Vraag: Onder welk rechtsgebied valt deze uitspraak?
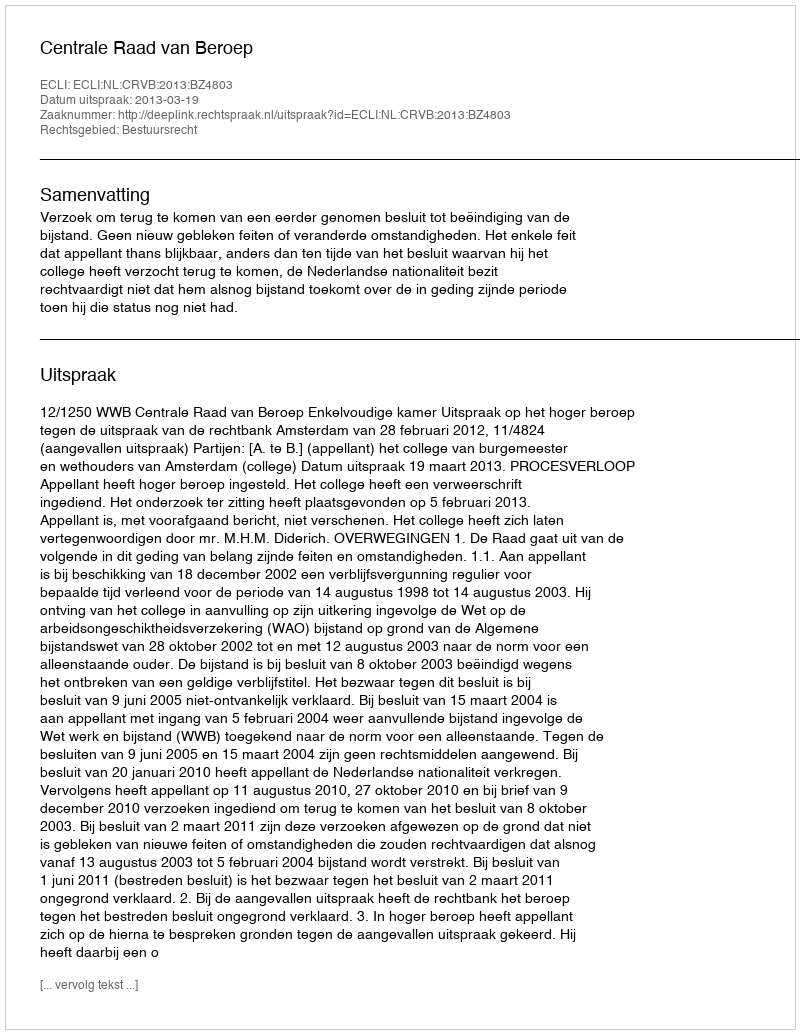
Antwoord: Bestuursrecht